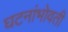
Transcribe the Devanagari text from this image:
घटनांभोवती